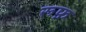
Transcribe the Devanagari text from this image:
रूफ़